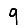
Digit: 9